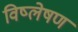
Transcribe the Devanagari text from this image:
विष्‍लेषण